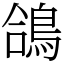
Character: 鴿